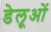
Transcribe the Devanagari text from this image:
डेलूओं